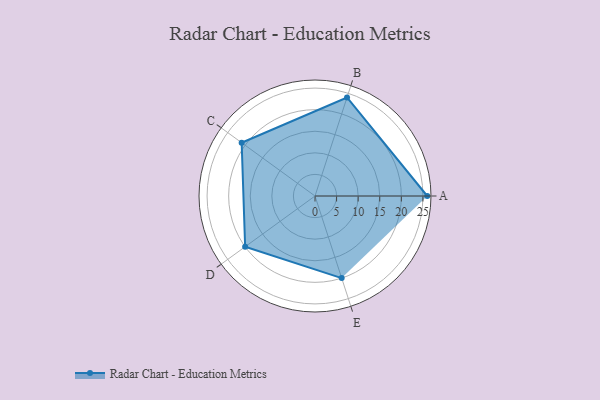
{"axis": {"x": "Skill", "y": "Score"}, "legend": ["Profile"], "data": [{"x": "A", "y": 26.0, "type": "Profile"}, {"x": "B", "y": 24.0, "type": "Profile"}, {"x": "C", "y": 21.0, "type": "Profile"}, {"x": "D", "y": 20, "type": "Profile"}, {"x": "E", "y": 20, "type": "Profile"}]}